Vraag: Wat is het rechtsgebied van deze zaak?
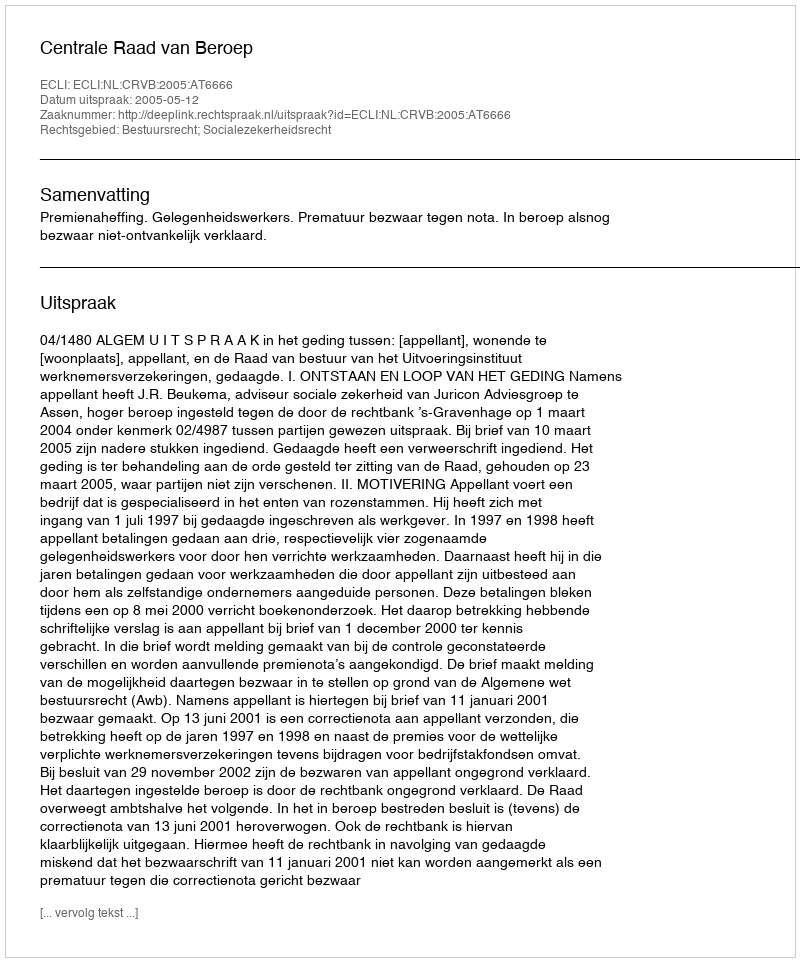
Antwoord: Bestuursrecht; Socialezekerheidsrecht